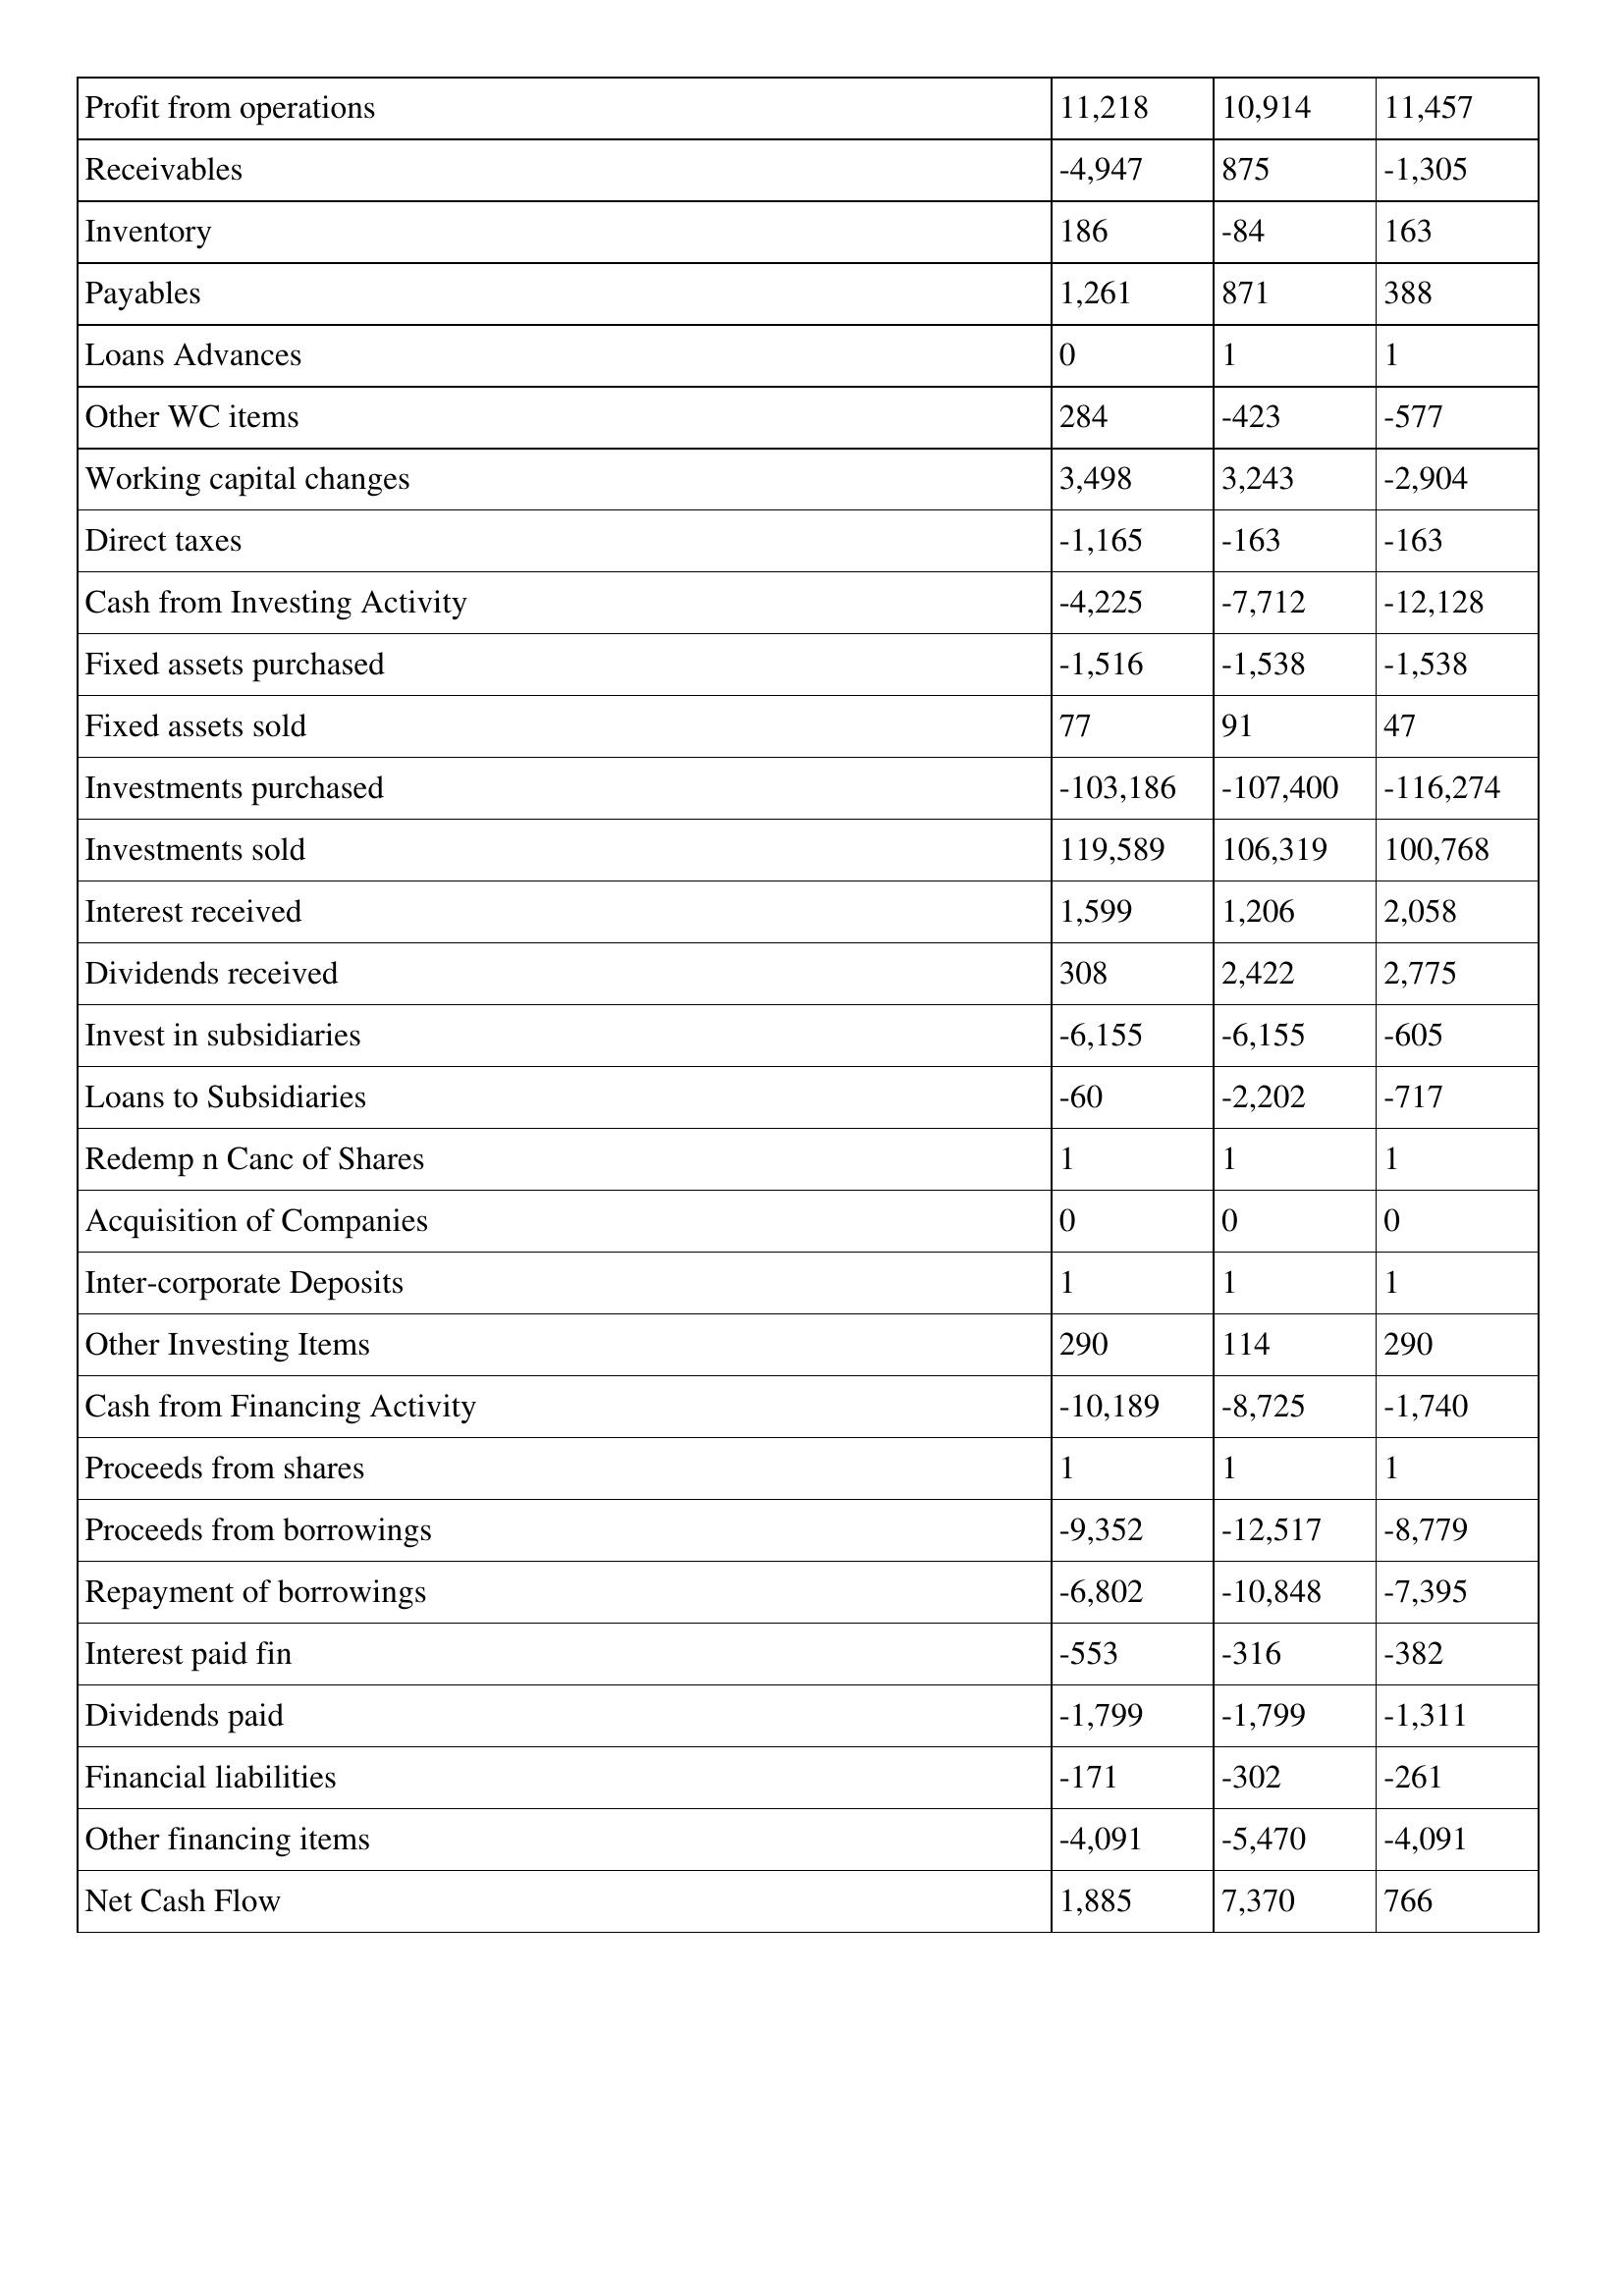
gt_parse: 2019: Cash Flows: Profit from operations: 11,218
Receivables: -4,947
Inventory: 186
Payables: 1,261
Loans Advances: 0
Other WC items: 284
Working capital changes: 3,498
Direct taxes: -1,165
Cash from Investing Activity: -4,225
Fixed assets purchased: -1,516
Fixed assets sold: 77
Investments purchased: -103,186
Investments sold: 119,589
Interest received: 1,599
Dividends received: 308
Invest in subsidiaries: -6,155
Loans to Subsidiaries: -60
Redemp n Canc of Shares: 1
Acquisition of Companies: 0
Inter-corporate Deposits: 1
Other Investing Items: 290
Cash from Financing Activity: -10,189
Proceeds from shares: 1
Proceeds from borrowings: -9,352
Repayment of borrowings: -6,802
Interest paid fin: -553
Dividends paid: -1,799
Financial liabilities: -171
Other financing items: -4,091
Net Cash Flow: 1,885
2018: Cash Flows: Profit from operations: 10,914
Receivables: 875
Inventory: -84
Payables: 871
Loans Advances: 1
Other WC items: -423
Working capital changes: 3,243
Direct taxes: -163
Cash from Investing Activity: -7,712
Fixed assets purchased: -1,538
Fixed assets sold: 91
Investments purchased: -107,400
Investments sold: 106,319
Interest received: 1,206
Dividends received: 2,422
Invest in subsidiaries: -6,155
Loans to Subsidiaries: -2,202
Redemp n Canc of Shares: 1
Acquisition of Companies: 0
Inter-corporate Deposits: 1
Other Investing Items: 114
Cash from Financing Activity: -8,725
Proceeds from shares: 1
Proceeds from borrowings: -12,517
Repayment of borrowings: -10,848
Interest paid fin: -316
Dividends paid: -1,799
Financial liabilities: -302
Other financing items: -5,470
Net Cash Flow: 7,370
2017: Cash Flows: Profit from operations: 11,457
Receivables: -1,305
Inventory: 163
Payables: 388
Loans Advances: 1
Other WC items: -577
Working capital changes: -2,904
Direct taxes: -163
Cash from Investing Activity: -12,128
Fixed assets purchased: -1,538
Fixed assets sold: 47
Investments purchased: -116,274
Investments sold: 100,768
Interest received: 2,058
Dividends received: 2,775
Invest in subsidiaries: -605
Loans to Subsidiaries: -717
Redemp n Canc of Shares: 1
Acquisition of Companies: 0
Inter-corporate Deposits: 1
Other Investing Items: 290
Cash from Financing Activity: -1,740
Proceeds from shares: 1
Proceeds from borrowings: -8,779
Repayment of borrowings: -7,395
Interest paid fin: -382
Dividends paid: -1,311
Financial liabilities: -261
Other financing items: -4,091
Net Cash Flow: 766